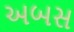
અબસ